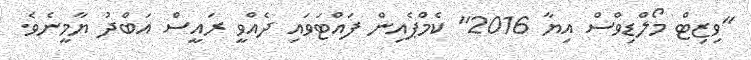
"ވިޒިޓް މޯލްޑިވްސް އިޔާ 2016" ކެމްޕެއިން ފައްޓަވައި ދެއްވީ ރައީސް އަބްދު ޔާމީނެވެ.